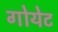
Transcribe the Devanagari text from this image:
गोयेट